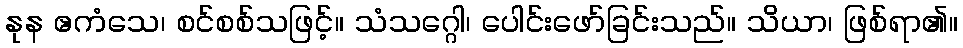
နုန ဧကံသေ၊ စင်စစ်သဖြင့်။ သံသဂ္ဂေါ၊ ပေါင်းဖော်ခြင်းသည်။ သိယာ၊ ဖြစ်ရာ၏။